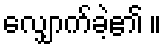
လျှောက်ခဲ့၏ ။